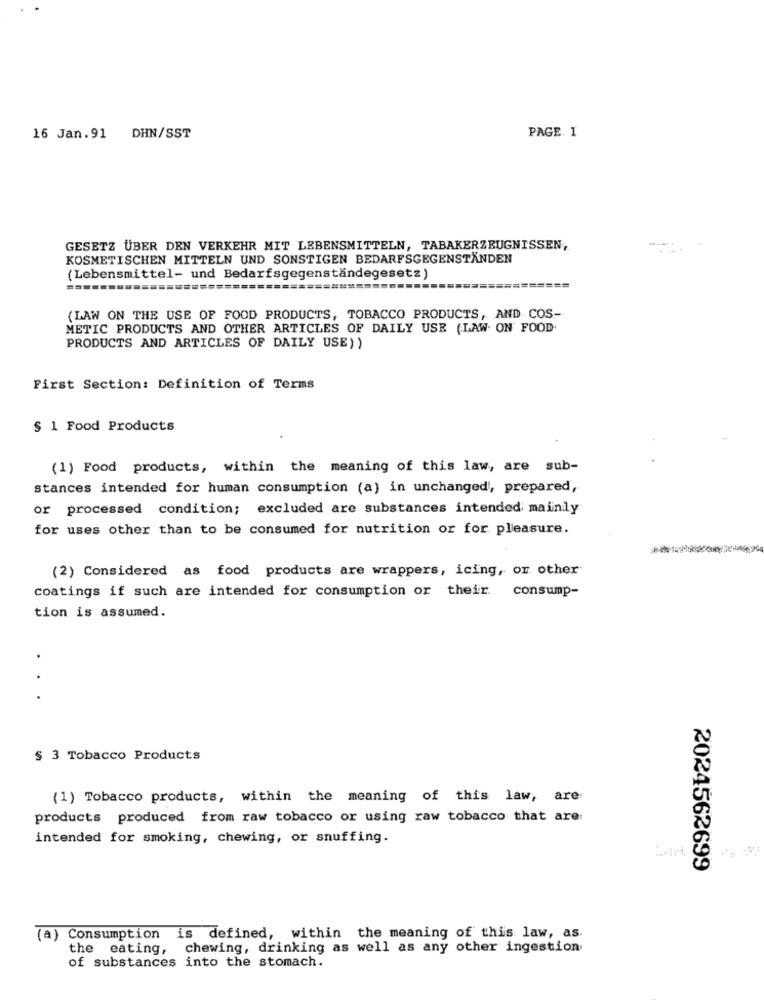
PAGE 1
16 Jan.91 DHN/SST
GESETZ ÜBER DEN VERKEHR MIT LEBENSMITTELN, TABAKERZEUGNISSEN,
KOSMETISCHEN MITTELN UND SONSTIGEN BEDARFSGEGENSTÄNDEN
(Lebensmittel- und Bedarfsgegenständegesetz)
========
(LAW ON THE USE OF FOOD PRODUCTS, TOBACCO PRODUCTS, AND COS-
METIC PRODUCTS AND OTHER ARTICLES OF DAILY USE (LAW. ON FOOD.
PRODUCTS AND ARTICLES OF DAILY USE) )
First Section: Definition of Terms
$ 1 Food Products
(1) Food products, within the meaning of this law, are sub-
stances intended for human consumption (a) in unchanged, prepared,
or processed condition; excluded are substances intended mainly
for uses other than to be consumed for nutrition or for pleasure.
(2) Considered as food products are wrappers, icing, or other
coatings if such are intended for consumption or their. consump-
tion is assumed.
.
.
$ 3 Tobacco Products
(1) Tobacco products, within the meaning of this law, are
products produced from raw tobacco or using raw tobacco that are
intended for smoking, chewing, or snuffing.
2024562699
(a) Consumption is defined, within the meaning of this law, as.
the eating, chewing, drinking as well as any other ingestion
of substances into the stomach.